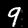
Label: 9